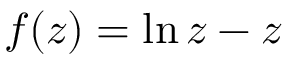
f ( z ) = \ln { z } - z